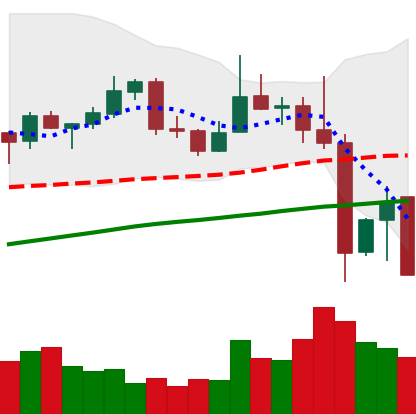
Ticker: XLM-USD
Chart end date: 2019-06-30
Forward return: -4.268%
Label: down_3_5